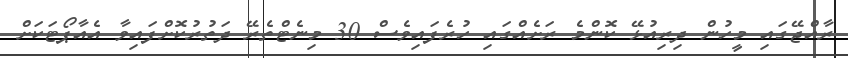
ރާއްޖޭގައި މީހުން ދިރިއުޅޭ ކޮންމެ ރަށެއްގައި ހުރެފައިވެސް 30 މިނެޓްތެރޭ ދަތުރުކޮށްފައިވާ އެއާޕޯޓަކަށް